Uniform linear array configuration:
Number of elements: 8
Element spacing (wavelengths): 0.75
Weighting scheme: cosine
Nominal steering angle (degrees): -30
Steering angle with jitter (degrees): -28.219
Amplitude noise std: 0.05
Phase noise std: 0.05

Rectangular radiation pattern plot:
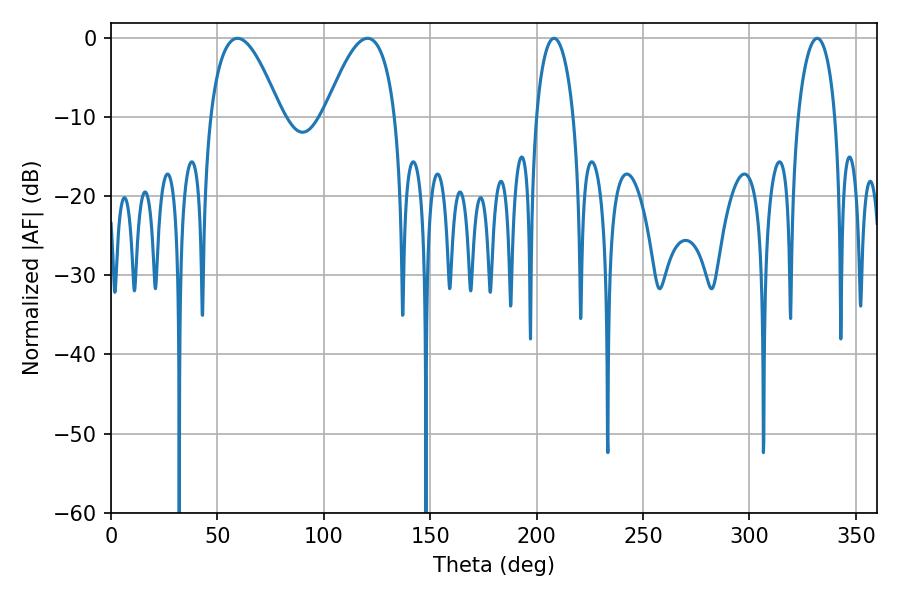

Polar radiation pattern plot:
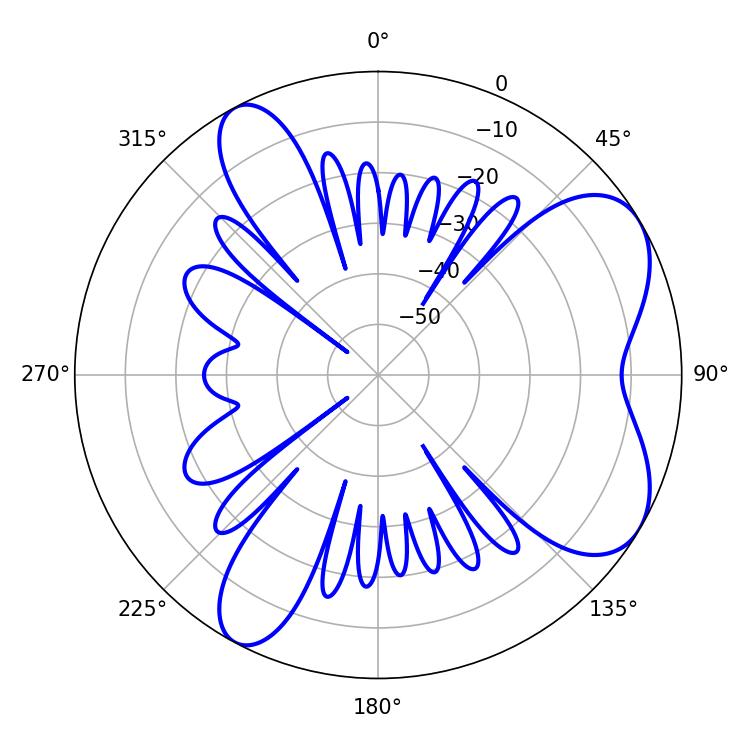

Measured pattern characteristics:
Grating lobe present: TRUE
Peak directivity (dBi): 6.648
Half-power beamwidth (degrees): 18.18
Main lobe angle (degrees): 59.4